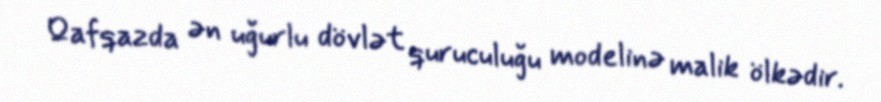
Qafqazda ən uğurlu dövlət quruculuğu modelinə malik ölkədir.